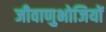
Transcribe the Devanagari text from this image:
जीवाणुभोजियों